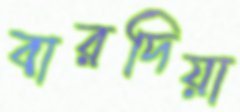
বারদিয়া